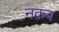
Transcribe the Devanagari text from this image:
नक़ब